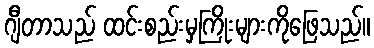
ဂျီတာသည် ထင်းစည်းမှကြိုးများကိုဖြေသည်။